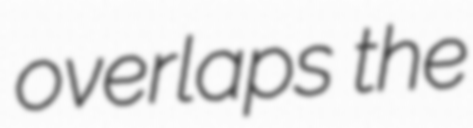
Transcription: overlaps the